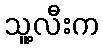
သူ့လီးက